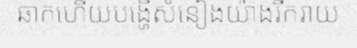
ឆាកហើយបង្ហើសំនៀងយ៉ាងរីករាយ